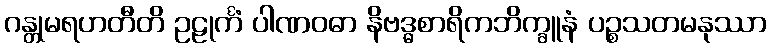
ဂန္တုမရဟတီတိ ဥဠုင်္ကံ ပါဏဝဓာ နိဗဒ္ဓစာရိကဘိက္ခူနံ ပဉ္စသတမနုဿာ